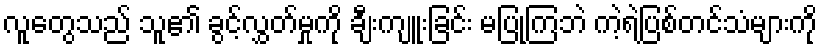
လူတွေသည် သူ၏ ခွင့်လွှတ်မှုကို ချီးကျူးခြင်း မပြုကြဘဲ ကဲ့ရဲ့ပြစ်တင်သံများကို